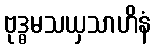
ဗုဒ္ဓမသယှသာဟိနံ